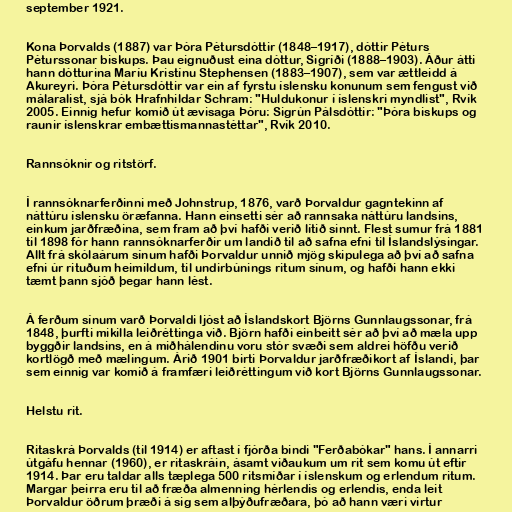
september 1921.

Kona Þorvalds (1887) var Þóra Pétursdóttir (1848–1917), dóttir Péturs
Péturssonar biskups. Þau eignuðust eina dóttur, Sigríði (1888–1903). Áður átti
hann dótturina Maríu Kristínu Stephensen (1883–1907), sem var ættleidd á
Akureyri. Þóra Pétursdóttir var ein af fyrstu íslensku konunum sem fengust við
málaralist, sjá bók Hrafnhildar Schram: "Huldukonur í íslenskri myndlist", Rvík
2005. Einnig hefur komið út ævisaga Þóru: Sigrún Pálsdóttir: "Þóra biskups og
raunir íslenskrar embættismannastéttar", Rvík 2010.

Rannsóknir og ritstörf.

Í rannsóknarferðinni með Johnstrup, 1876, varð Þorvaldur gagntekinn af
náttúru íslensku öræfanna. Hann einsetti sér að rannsaka náttúru landsins,
einkum jarðfræðina, sem fram að því hafði verið lítið sinnt. Flest sumur frá 1881
til 1898 fór hann rannsóknarferðir um landið til að safna efni til Íslandslýsingar.
Allt frá skólaárum sínum hafði Þorvaldur unnið mjög skipulega að því að safna
efni úr rituðum heimildum, til undirbúnings ritum sínum, og hafði hann ekki
tæmt þann sjóð þegar hann lést.

Á ferðum sínum varð Þorvaldi ljóst að Íslandskort Björns Gunnlaugssonar, frá
1848, þurfti mikilla leiðréttinga við. Björn hafði einbeitt sér að því að mæla upp
byggðir landsins, en á miðhálendinu voru stór svæði sem aldrei höfðu verið
kortlögð með mælingum. Árið 1901 birti Þorvaldur jarðfræðikort af Íslandi, þar
sem einnig var komið á framfæri leiðréttingum við kort Björns Gunnlaugssonar.

Helstu rit.

Ritaskrá Þorvalds (til 1914) er aftast í fjórða bindi "Ferðabókar" hans. Í annarri
útgáfu hennar (1960), er ritaskráin, ásamt viðaukum um rit sem komu út eftir
1914. Þar eru taldar alls tæplega 500 ritsmíðar í íslenskum og erlendum ritum.
Margar þeirra eru til að fræða almenning hérlendis og erlendis, enda leit
Þorvaldur öðrum þræði á sig sem alþýðufræðara, þó að hann væri virtur